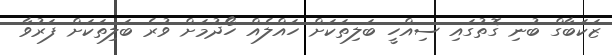
ޒަކަބާގް ބުނި ގޮތުގައި ސިއްހީ ބަލިތަކަށް ހައްލެއް ހޯދުމަށް ވުރެ ބަލިތަކަށް ފަރުވާ